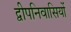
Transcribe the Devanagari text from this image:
द्वीपनिवासियों